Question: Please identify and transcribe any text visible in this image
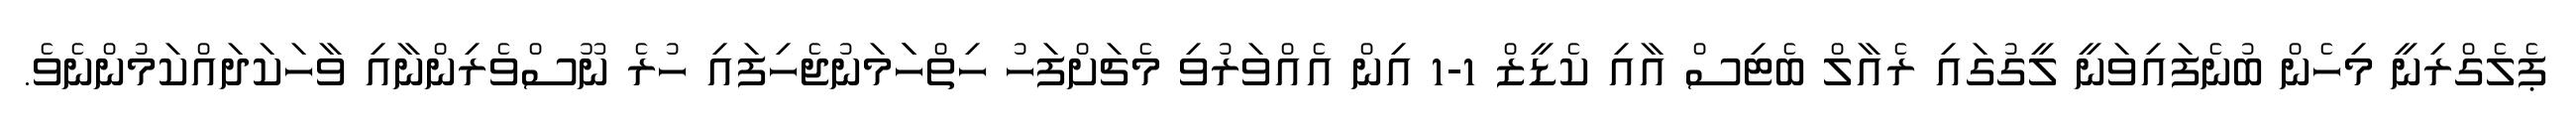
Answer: ޕެލެގްރިނީ މިހެން ބުނެފައިވަނީ ލީގުގައި ރެއާލް ބެޓިސް އާއި ކެޑީޒް 1-1 އިން އެއްވަރުވި މެޗަށްފަހު ހިތްހަަމަނުޖެހިފައި ހުރެ ނޫސްވެރިންނާއި ވާހަކަދައްކަމުންނެވެ.